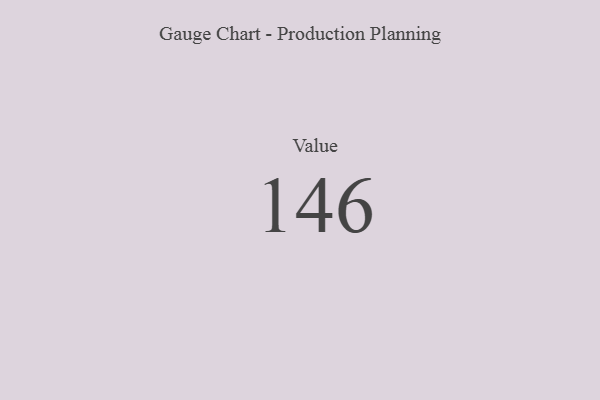
{"axis": {"x": "Metric", "y": "Value"}, "legend": [""], "data": [{"x": "Value", "y": 146, "type": ""}]}